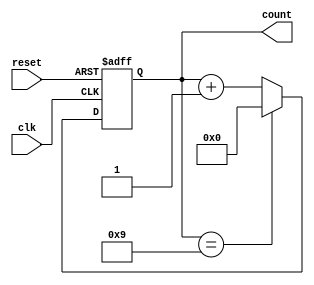
module decade_counter (
    input wire clk,        // Clock input
    input wire reset,      // Asynchronous reset input
    output reg [3:0] count // 4-bit output representing the current count
);

    // Asynchronous counter logic
    always @(posedge clk or posedge reset) begin
        if (reset) begin
            count <= 4'b0000; // Reset count to 0
        end else begin
            case (count)
                4'b1001: count <= 4'b0000; // Reset to 0 when reaching 9
                default: count <= count + 1; // Increment count
            endcase
        end
    end
endmodule